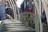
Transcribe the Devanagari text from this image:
एरजुरम